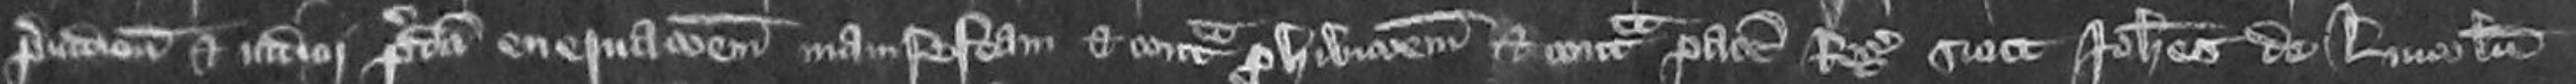
preiudicium et iudicii predicti enervationem manifestam et contra prohibitionem et contra pacem regis sicut Johannes de Lincoln